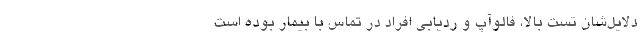
دلایل‌شان تست بالا، فالوآپ و ردیابی افراد در تماس با بیمار بوده است